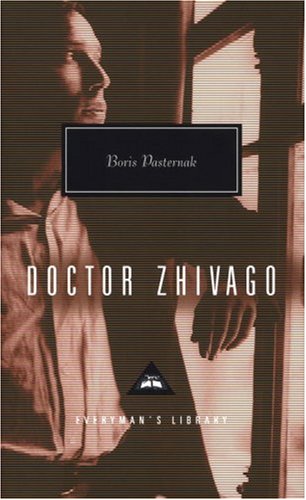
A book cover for Doctor Zhivago (Everyman's Library); Boris Pasternak; Romance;